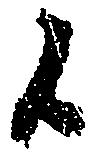
候